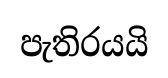
පැතිරයයි